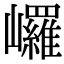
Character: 𡿇